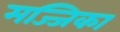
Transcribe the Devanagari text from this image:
मज्जिका